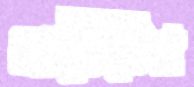
গুটিটির